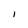
Character: 1